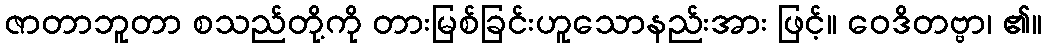
ဇာတာဘူတာ စသည်တို့ကို တားမြစ်ခြင်းဟူသောနည်းအား ဖြင့်။ ဝေဒိတဗ္ဗာ၊ ၏။